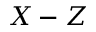
X - Z